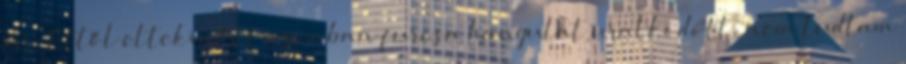
jár. Ettől eltekintve azonban furcsa hangulat uralkodott, nem tudtam